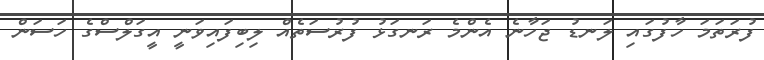
ފުރަތަމަ ހާފުގައި ލަނޑު ޖަހާނެ އެންމެ ރަނގަޅު ފުރުސަތެއް ލިބިފައިވަނީ އީގަލްސްގެ ހަސަން